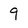
Character: 9